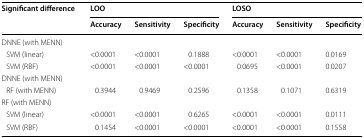
<table><thead><tr><td rowspan="2"><b>Significant difference</b></td><td colspan="3"><b>LOO</b></td><td colspan="3"><b>LOSO</b></td></tr><tr><td><b>Accuracy</b></td><td><b>Sensitivity</b></td><td><b>Specificity</b></td><td><b>Accuracy</b></td><td><b>Sensitivity</b></td><td><b>Specificity</b></td></tr></thead><tbody><tr><td colspan="7">DNNE (with MENN)</td></tr><tr><td> SVM (linear)</td><td>&lt;0.0001</td><td>&lt;0.0001</td><td>0.1888</td><td>&lt;0.0001</td><td>&lt;0.0001</td><td>0.0169</td></tr><tr><td> SVM (RBF)</td><td>&lt;0.0001</td><td>&lt;0.0001</td><td>&lt;0.0001</td><td>0.0695</td><td>&lt;0.0001</td><td>0.0207</td></tr><tr><td colspan="7">DNNE (with MENN)</td></tr><tr><td> RF (with MENN)</td><td>0.3944</td><td>0.9469</td><td>0.2596</td><td>0.1358</td><td>0.1071</td><td>0.6319</td></tr><tr><td colspan="7">RF (with MENN)</td></tr><tr><td> SVM (linear)</td><td>&lt;0.0001</td><td>&lt;0.0001</td><td>0.6265</td><td>&lt;0.0001</td><td>&lt;0.0001</td><td>0.0111</td></tr><tr><td> SVM (RBF)</td><td>0.1454</td><td>&lt;0.0001</td><td>&lt;0.0001</td><td>&lt;0.0001</td><td>&lt;0.0001</td><td>0.1558</td></tr></tbody></table>